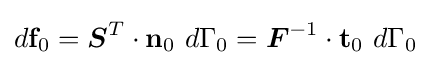
d\mathbf {f} _{0}={\boldsymbol {S}}^{T}\cdot \mathbf {n} _{0}~d\Gamma _{0}={\boldsymbol {F}}^{-1}\cdot \mathbf {t} _{0}~d\Gamma _{0}